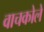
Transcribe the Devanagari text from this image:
वाचकोले